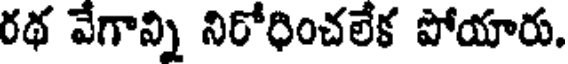
రథ వేగాన్ని నిరోధించలేక పోయారు.